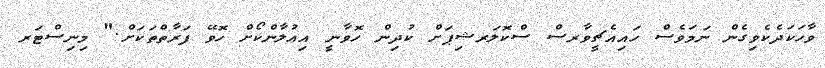
ވާހަކަދެކެވިގެން ނަމަވެސް ހައިއެޗީވާރސް ސްކޮލަރޝިޕަށް ކުދިން ހޮވާނީ އިޢުލާންކޯށް ހޮވޭ ފަރާތްތަކަށް." މިނިސްޓަރ